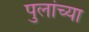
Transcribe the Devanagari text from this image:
पुलांच्या